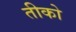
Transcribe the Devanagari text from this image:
तीको